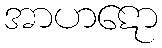
အာဟဋော